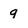
Character: q